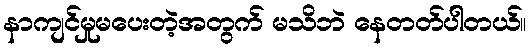
နာကျင်မှုမပေးတဲ့အတွက် မသိဘဲ နေတတ်ပါတယ်။